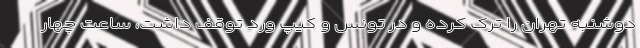
دوشنبه تهران را ترک کرده و در تونس و کیپ ورد توقف داشت، ساعت چهار